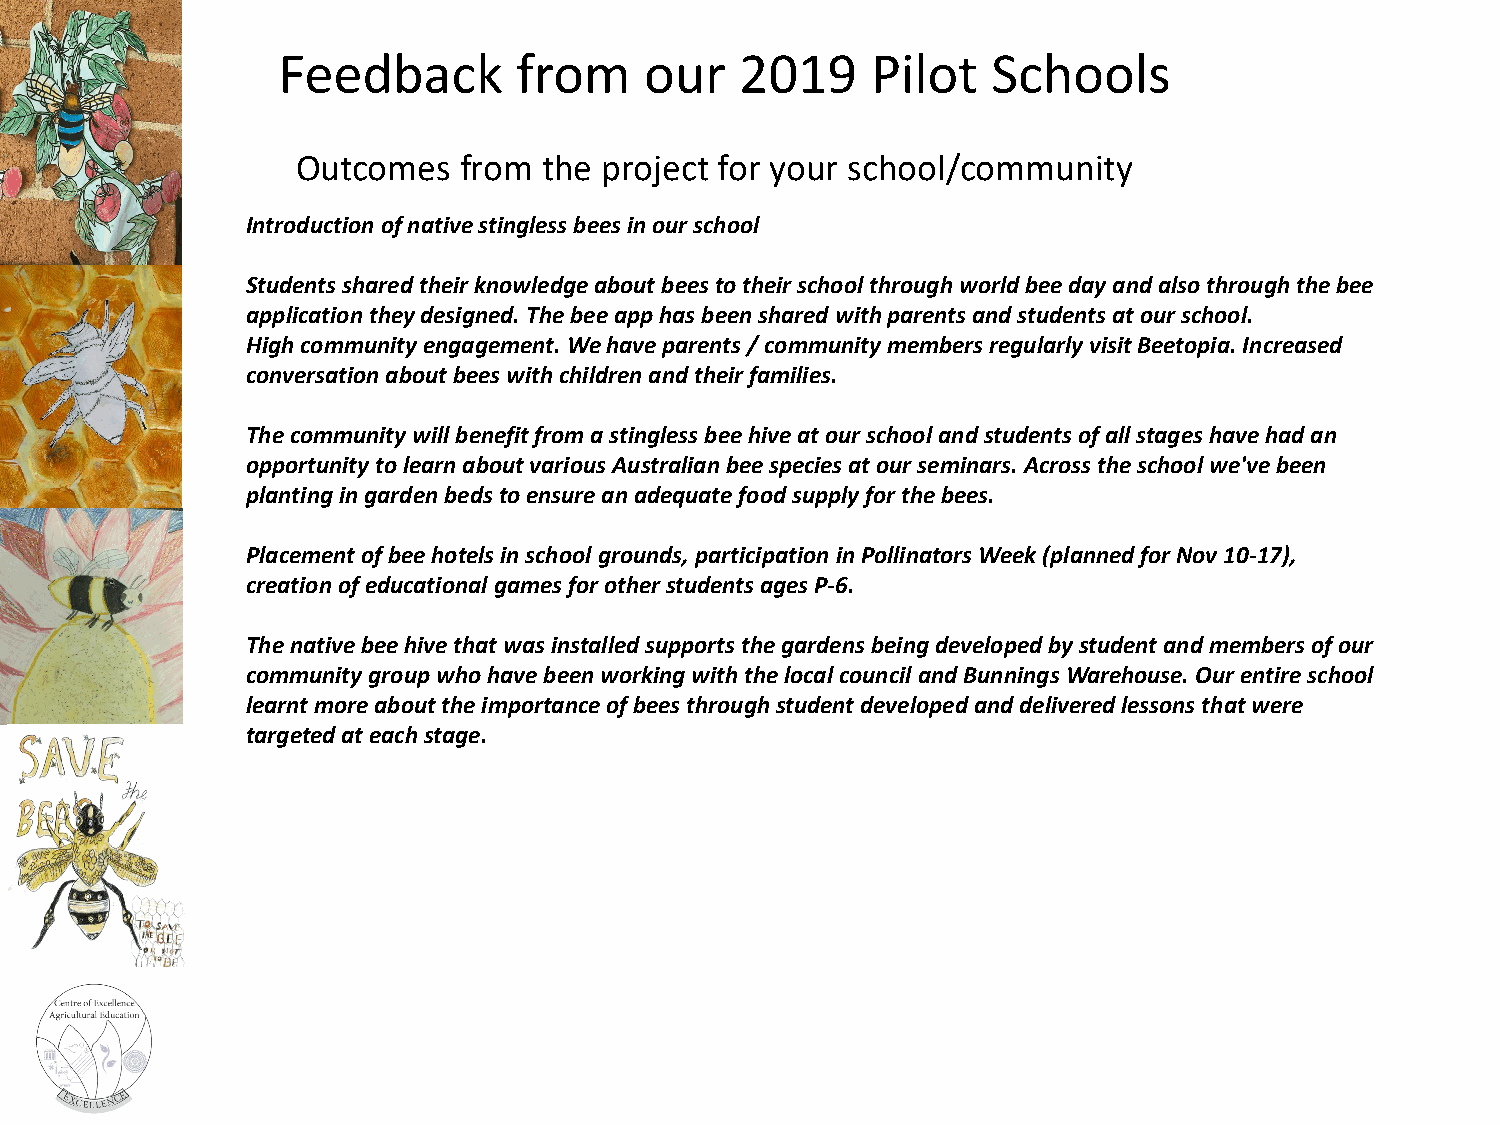
Feedback        from     our   2019     Pilot   Schools
 Outcomes  from  the project for your school/community
 Introduction of native stingless bees in our school
 Students shared their knowledge about bees to their school through world bee day and also through the bee
 application they designed. The bee app has been shared with parents and students at our school.
 High community engagement. We have parents / community members regularly visit Beetopia. Increased
 conversation about bees with children and their families.
 The community will benefit from a stingless bee hive at our school and students of all stages have had an
 opportunity to learn about various Australian bee species at our seminars. Across the school we've been
 planting in garden beds to ensure an adequate food supply for the bees.
 Placement of bee hotels in school grounds, participation in Pollinators Week (planned for Nov 10-17),
 creation of educational games for other students ages P-6.
 The native bee hive that was installed supports the gardens being developed by student and members of our
 community group who have been working with the local council and BunningsWarehouse. Our entire school
 learnt more about the importance of bees through student developed and delivered lessons that were
 targeted at each stage.